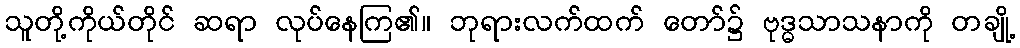
သူတို့ကိုယ်တိုင် ဆရာ လုပ်နေကြ၏။ ဘုရားလက်ထက် တော်၌ ဗုဒ္ဓသာသနာကို တချို့